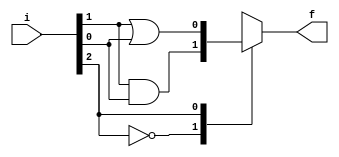
module q21(i,f);
input [2:0]i;
output f;
reg f;
always @ (i)
begin
case(i[2])
0:f=i[1]&i[0];
1:f=i[1]|i[0];
endcase
end
endmodule